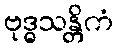
ဗုဒ္ဓသန္တိကံ